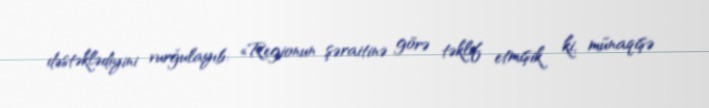
dəstəklədiyini vurğulayıb: «Regionun şəraitinə görə təklif etmişik ki, münaqişə